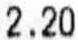
2.20